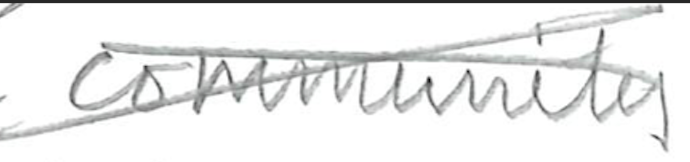
Text: community
Cross-out: cross
Writing tool: pencil